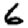
Digit: 6